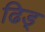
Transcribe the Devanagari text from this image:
ढिड्